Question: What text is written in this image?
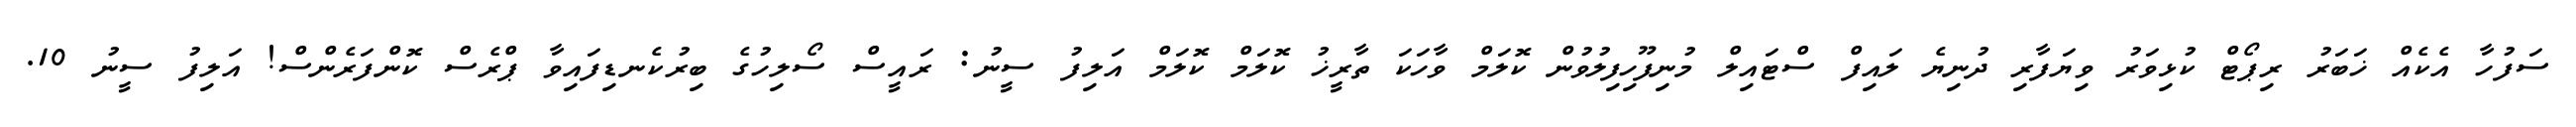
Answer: ސަފުހާ އެކެއް ޚަބަރު ރިޕޯޓް ކުޅިވަރު ވިޔަފާރި ދުނިޔެ ލައިފް ސްޓައިލް މުނިފޫހިފިލުވުން ކޮލަމް ވާހަކަ ތާރީޚު ކޮލަމް ކޮލަމް އަލިފު ސީނު: ރައީސް ސޯލިހުގެ ބިރުކެނޑިފައިވާ ޕްރެސް ކޮންފަރެންސް! އަލިފު ސީނު 10.